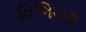
વિભિષણ